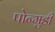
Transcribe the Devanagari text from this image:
पोन्मुडी